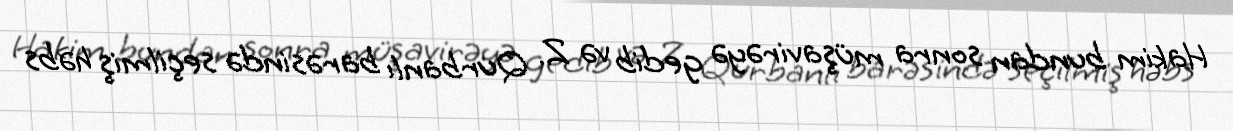
Hakim bundan sonra müşavirəyə gedib və Z. Qurbanlı barəsində seçilmiş həbs